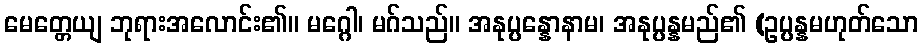
မေတ္တေယျ ဘုရားအလောင်း၏။ မဂ္ဂေါ၊ မဂ်သည်။ အနုပ္ပန္နောနာမ၊ အနုပ္ပန္နမည်၏ (ဥပ္ပန္နမဟုတ်သော